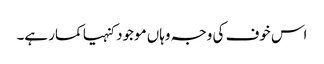
اس خوف کی وجہ وہاں موجود کنہیا کمار ہے۔